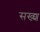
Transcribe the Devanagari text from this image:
सख्श